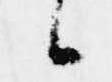
候